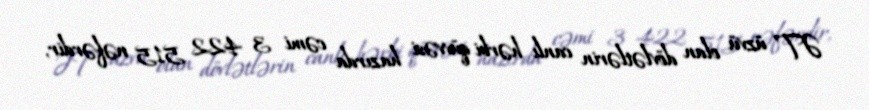
ƏT üzvü olan dövlətlərin canlı hərbi qüvvəsi hazırda cəmi 3 422 515 nəfərdir,